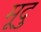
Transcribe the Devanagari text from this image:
मूदु